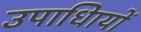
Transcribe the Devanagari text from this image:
उपाधिायों